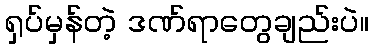
ရှပ်မှန်တဲ့ ဒဏ်ရာတွေချည်းပဲ။